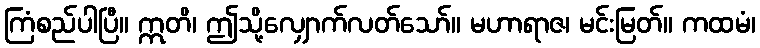
ကြံစည်ပါပြီ။ ဣတိ၊ ဤသို့လျှောက်လတ်သော်။ မဟာရာဇ၊ မင်းမြတ်။ ကထမံ၊